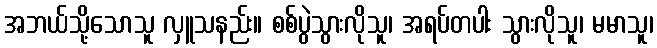
အဘယ်သို့သောသူ လှူသနည်း။ စစ်ပွဲသွားလိုသူ၊ အရပ်တပါး သွားလိုသူ၊ မမာသူ၊